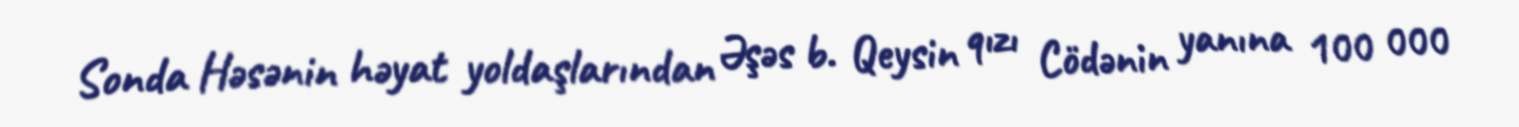
Sonda Həsənin həyat yoldaşlarından Əşəs b. Qeysin qızı Cödənin yanına 100 000